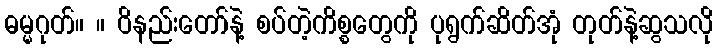
ဓမ္မဂုတ်။ ။ ဝိနည်းတော်နဲ့ စပ်တဲ့ကိစ္စတွေကို ပုရွက်ဆိတ်အုံ တုတ်နဲ့ဆွသလို